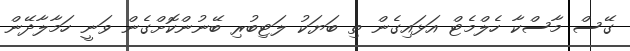
ގޭސް މާސްކާ ހެލްމެޓް އަޅައިގެން ތި ބަޔަކު ލަޓިބުރި ބޭނުންކޮށްގެން ވަނީ ހަމާލާދޭން